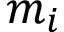
m _ { i }